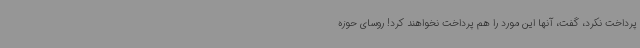
پرداخت نکرد، گفت، آنها این مورد را هم پرداخت نخواهند کرد! روسای حوزه